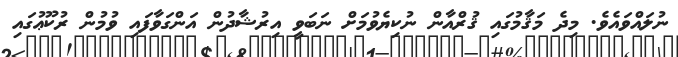
ނުލައްވައެވެ. މިދެ މަޤާމުގައި ޤުރްއާން ނުކިޔެވުމަށް ނަބަވީ އިރުޝާދުން އަންގަވާފައި ވުމުން ރުކޫޢުގައި